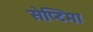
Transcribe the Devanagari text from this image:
सेप्टिमा